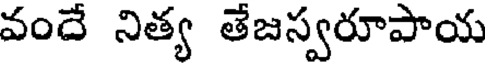
వందే నిత్య తేజస్వరూపాయ